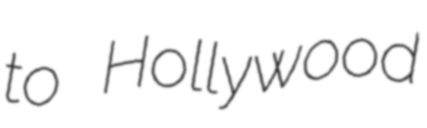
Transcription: to Hollywood